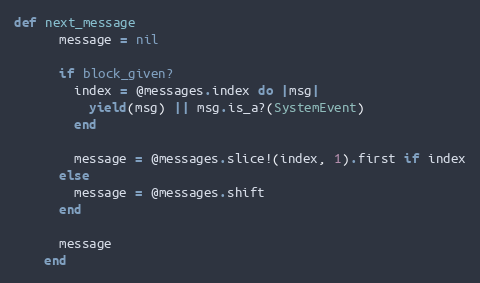
Language: Ruby
def next_message
      message = nil

      if block_given?
        index = @messages.index do |msg|
          yield(msg) || msg.is_a?(SystemEvent)
        end

        message = @messages.slice!(index, 1).first if index
      else
        message = @messages.shift
      end

      message
    end